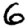
Digit: 6